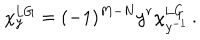
LaTeX: \chi _ { y } ^ { \mathrm { L G } } = ( - 1 ) ^ { M - N } y ^ { r } \chi _ { y ^ { - 1 } } ^ { \mathrm { L G } } \, .